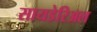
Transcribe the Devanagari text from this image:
सायडेरिअल